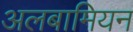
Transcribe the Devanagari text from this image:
अलबामियन